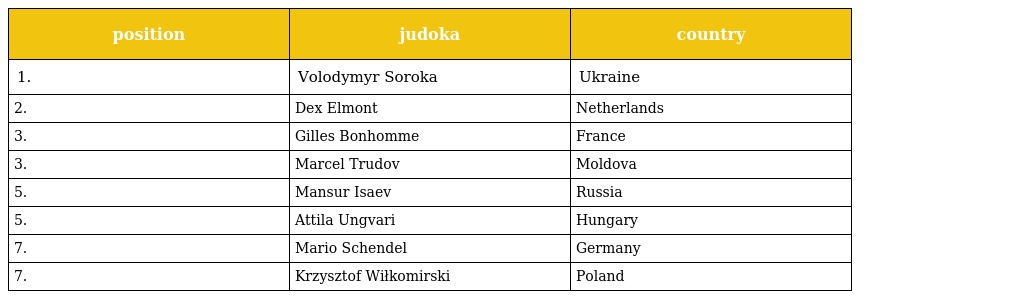
| position | judoka | country |
 | --- | --- | --- |
 | 1. | Volodymyr Soroka | Ukraine |
 | 2. | Dex Elmont | Netherlands |
 | 3. | Gilles Bonhomme | France |
 | 3. | Marcel Trudov | Moldova |
 | 5. | Mansur Isaev | Russia |
 | 5. | Attila Ungvari | Hungary |
 | 7. | Mario Schendel | Germany |
 | 7. | Krzysztof Wiłkomirski | Poland |